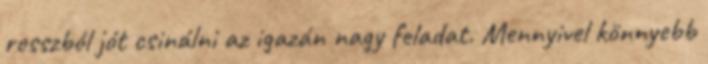
rosszból jót csinálni az igazán nagy feladat. Mennyivel könnyebb